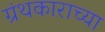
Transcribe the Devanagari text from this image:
ग्रंथकाराच्या